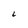
Character: L